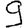
Digit: 9